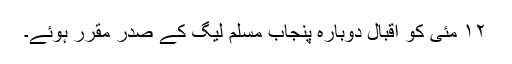
١٢ مئی کو اقبال دوبارہ پنجاب مسلم لیگ کے صدر مقرر ہوئے۔